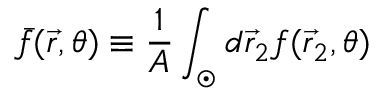
\bar { f } ( \vec { r } , \theta ) \equiv { \frac { 1 } { A } } \int _ { \odot } d \vec { r } _ { 2 } f ( \vec { r } _ { 2 } , \theta )